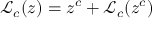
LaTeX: { \mathcal { L } } _ { c } ( z ) = z ^ { c } + { \mathcal { L } } _ { c } ( z ^ { c } )